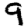
Digit: 9